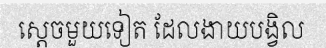
ស្តេចមួយទៀត ដែលងាយបង្វិល